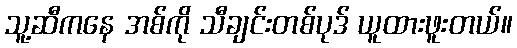
သူ့ဆီကနေ အစ်ကို သီချင်းတစ်ပုဒ် ယူထားဖူးတယ်။